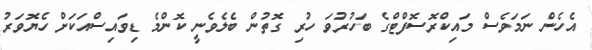
އެހެން ނަމަވެސް މައިކްރޮސޮފްޓްގެ ބަހުރުވަ ހުރި ގޮތުން ބެލެވެނީ ކޮންމެ ޑިވައިސްއަކަށް ހެޔޮވަރު